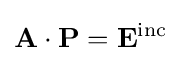
\mathbf {A} \cdot \mathbf {P} =\mathbf {E} ^{\mathrm {inc} }